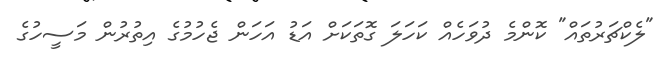
"ލެކްޗަރުތައް" ކޮންމެ ދުވަހެއް ކަހަލަ ގޮތަކަށް އަޑު އަހަން ޖެހުމުގެ އިތުރުން މަސީހުގެ